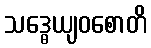
သဒ္ဓေယျဝစောတိ